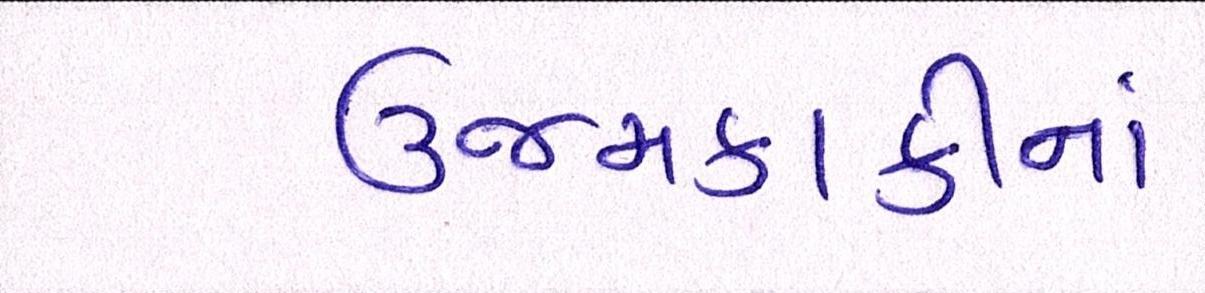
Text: ઉજમકાકીનાં